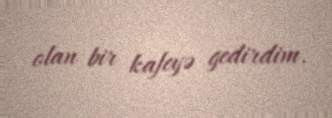
olan bir kafeyə gedirdim.